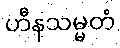
ဟီနသမ္မတံ